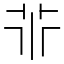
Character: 𠁬